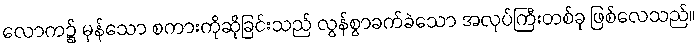
လောက၌ မှန်သော စကားကိုဆိုခြင်းသည် လွန်စွာခက်ခဲသော အလုပ်ကြီးတစ်ခု ဖြစ်လေသည်။